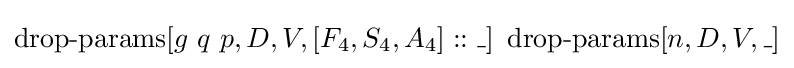
\operatorname {drop-params} [g\ q\ p,D,V,[F_{4},S_{4},A_{4}]::\_]\ \operatorname {drop-params} [n,D,V,\_]